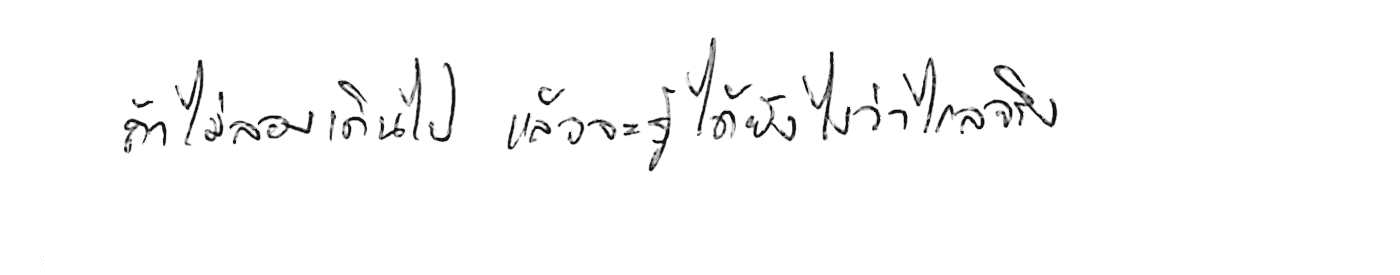
ถ้าไม่ลองเดินไป แล้วจะรู้ได้ยังไงว่าไกลจริง